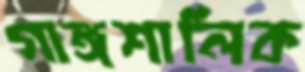
গাঙ্গশালিক